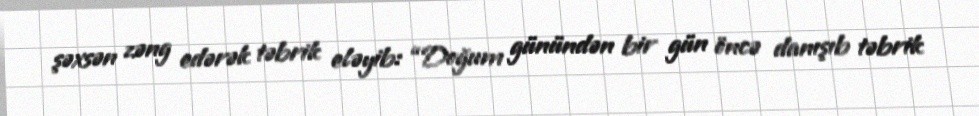
şəxsən zəng edərək təbrik eləyib: “Doğum günündən bir gün öncə danışıb təbrik